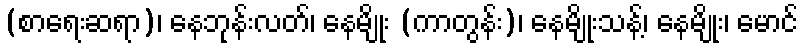
(စာရေးဆရာ)၊ နေဘုန်းလတ်၊ နေမျိုး (ကာတွန်း)၊ နေမျိုးသန့်၊ နေမျိုး၊ မောင်